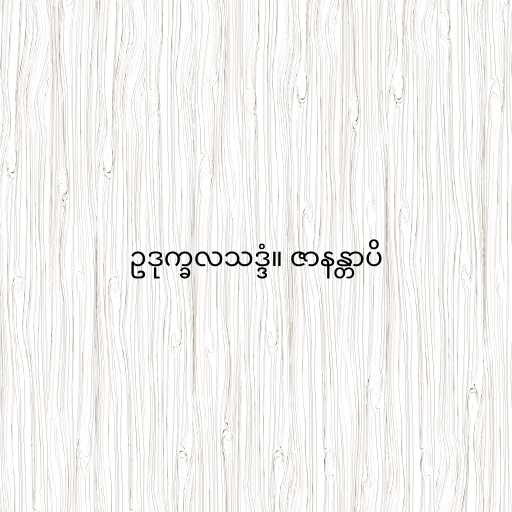
ဥဒုက္ခလသဒ္ဒံ။ ဇာနန္တာပိ